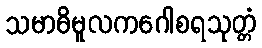
သမာဓိမူလကဂေါစရသုတ္တံ